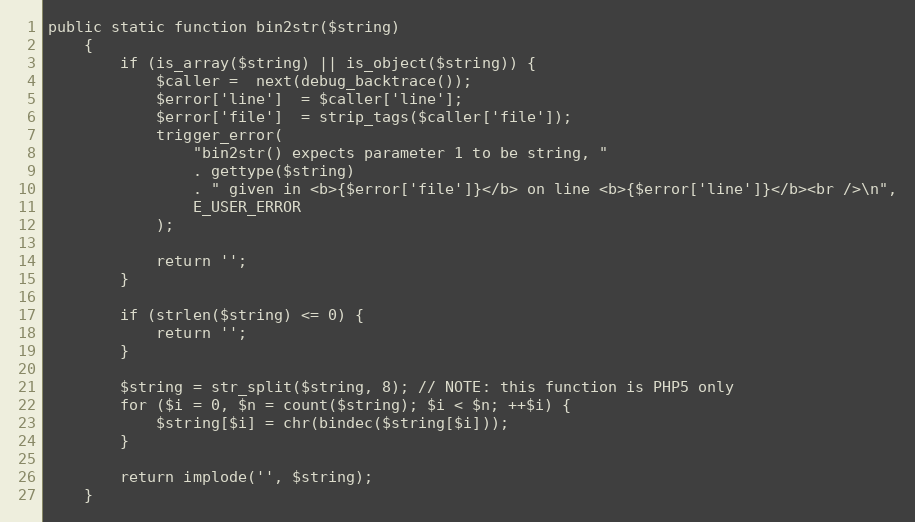
Language: PHP
public static function bin2str($string)
    {
        if (is_array($string) || is_object($string)) {
            $caller =  next(debug_backtrace());
            $error['line']  = $caller['line'];
            $error['file']  = strip_tags($caller['file']);
            trigger_error(
                "bin2str() expects parameter 1 to be string, "
                . gettype($string)
                . " given in <b>{$error['file']}</b> on line <b>{$error['line']}</b><br />\n",
                E_USER_ERROR
            );

            return '';
        }

        if (strlen($string) <= 0) {
            return '';
        }

        $string = str_split($string, 8); // NOTE: this function is PHP5 only
        for ($i = 0, $n = count($string); $i < $n; ++$i) {
            $string[$i] = chr(bindec($string[$i]));
        }

        return implode('', $string);
    }